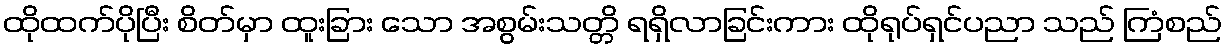
ထိုထက်ပိုပြီး စိတ်မှာ ထူးခြား သော အစွမ်းသတ္တိ ရရှိလာခြင်းကား ထိုရုပ်ရှင်ပညာ သည် ကြံစည်